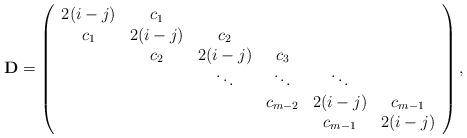
LaTeX: \begin{align*}\mathbf{D} = \left(\begin{array}{cccccc}2(i-j) & c_{1} & & & & \\c_{1} & 2(i-j) & c_{2} & & & \\& c_{2} & 2(i-j) & c_{3} & & \\& & \ddots & \ddots & \ddots & \\& & & c_{m-2} & 2(i-j) & c_{m-1} \\& & & & c_{m-1} & 2(i-j)\end{array}\right),\end{align*}